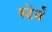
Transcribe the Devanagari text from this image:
स्टेर्न